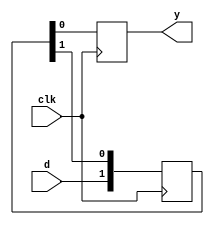
module siso(input d,clk,output reg y);
reg[1:0]x;
always@(posedge clk)begin
    x[1]<=d;
    x[0]<=x[1];
    y<=x[0];
end
endmodule